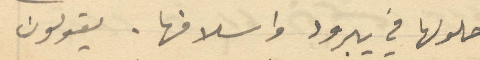
حلولها في يبرود واسلافها. يقولون